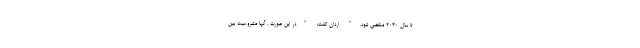
تا سال 2030 منقضی شود." اردان گفت: "در این صورت ، آنها مشروعیت بین